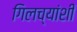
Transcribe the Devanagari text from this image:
गिलच्यांशी